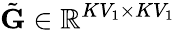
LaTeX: \tilde{\mathbf{G}}\in\mathbb{R}^{KV_{1}\times KV_{1}}